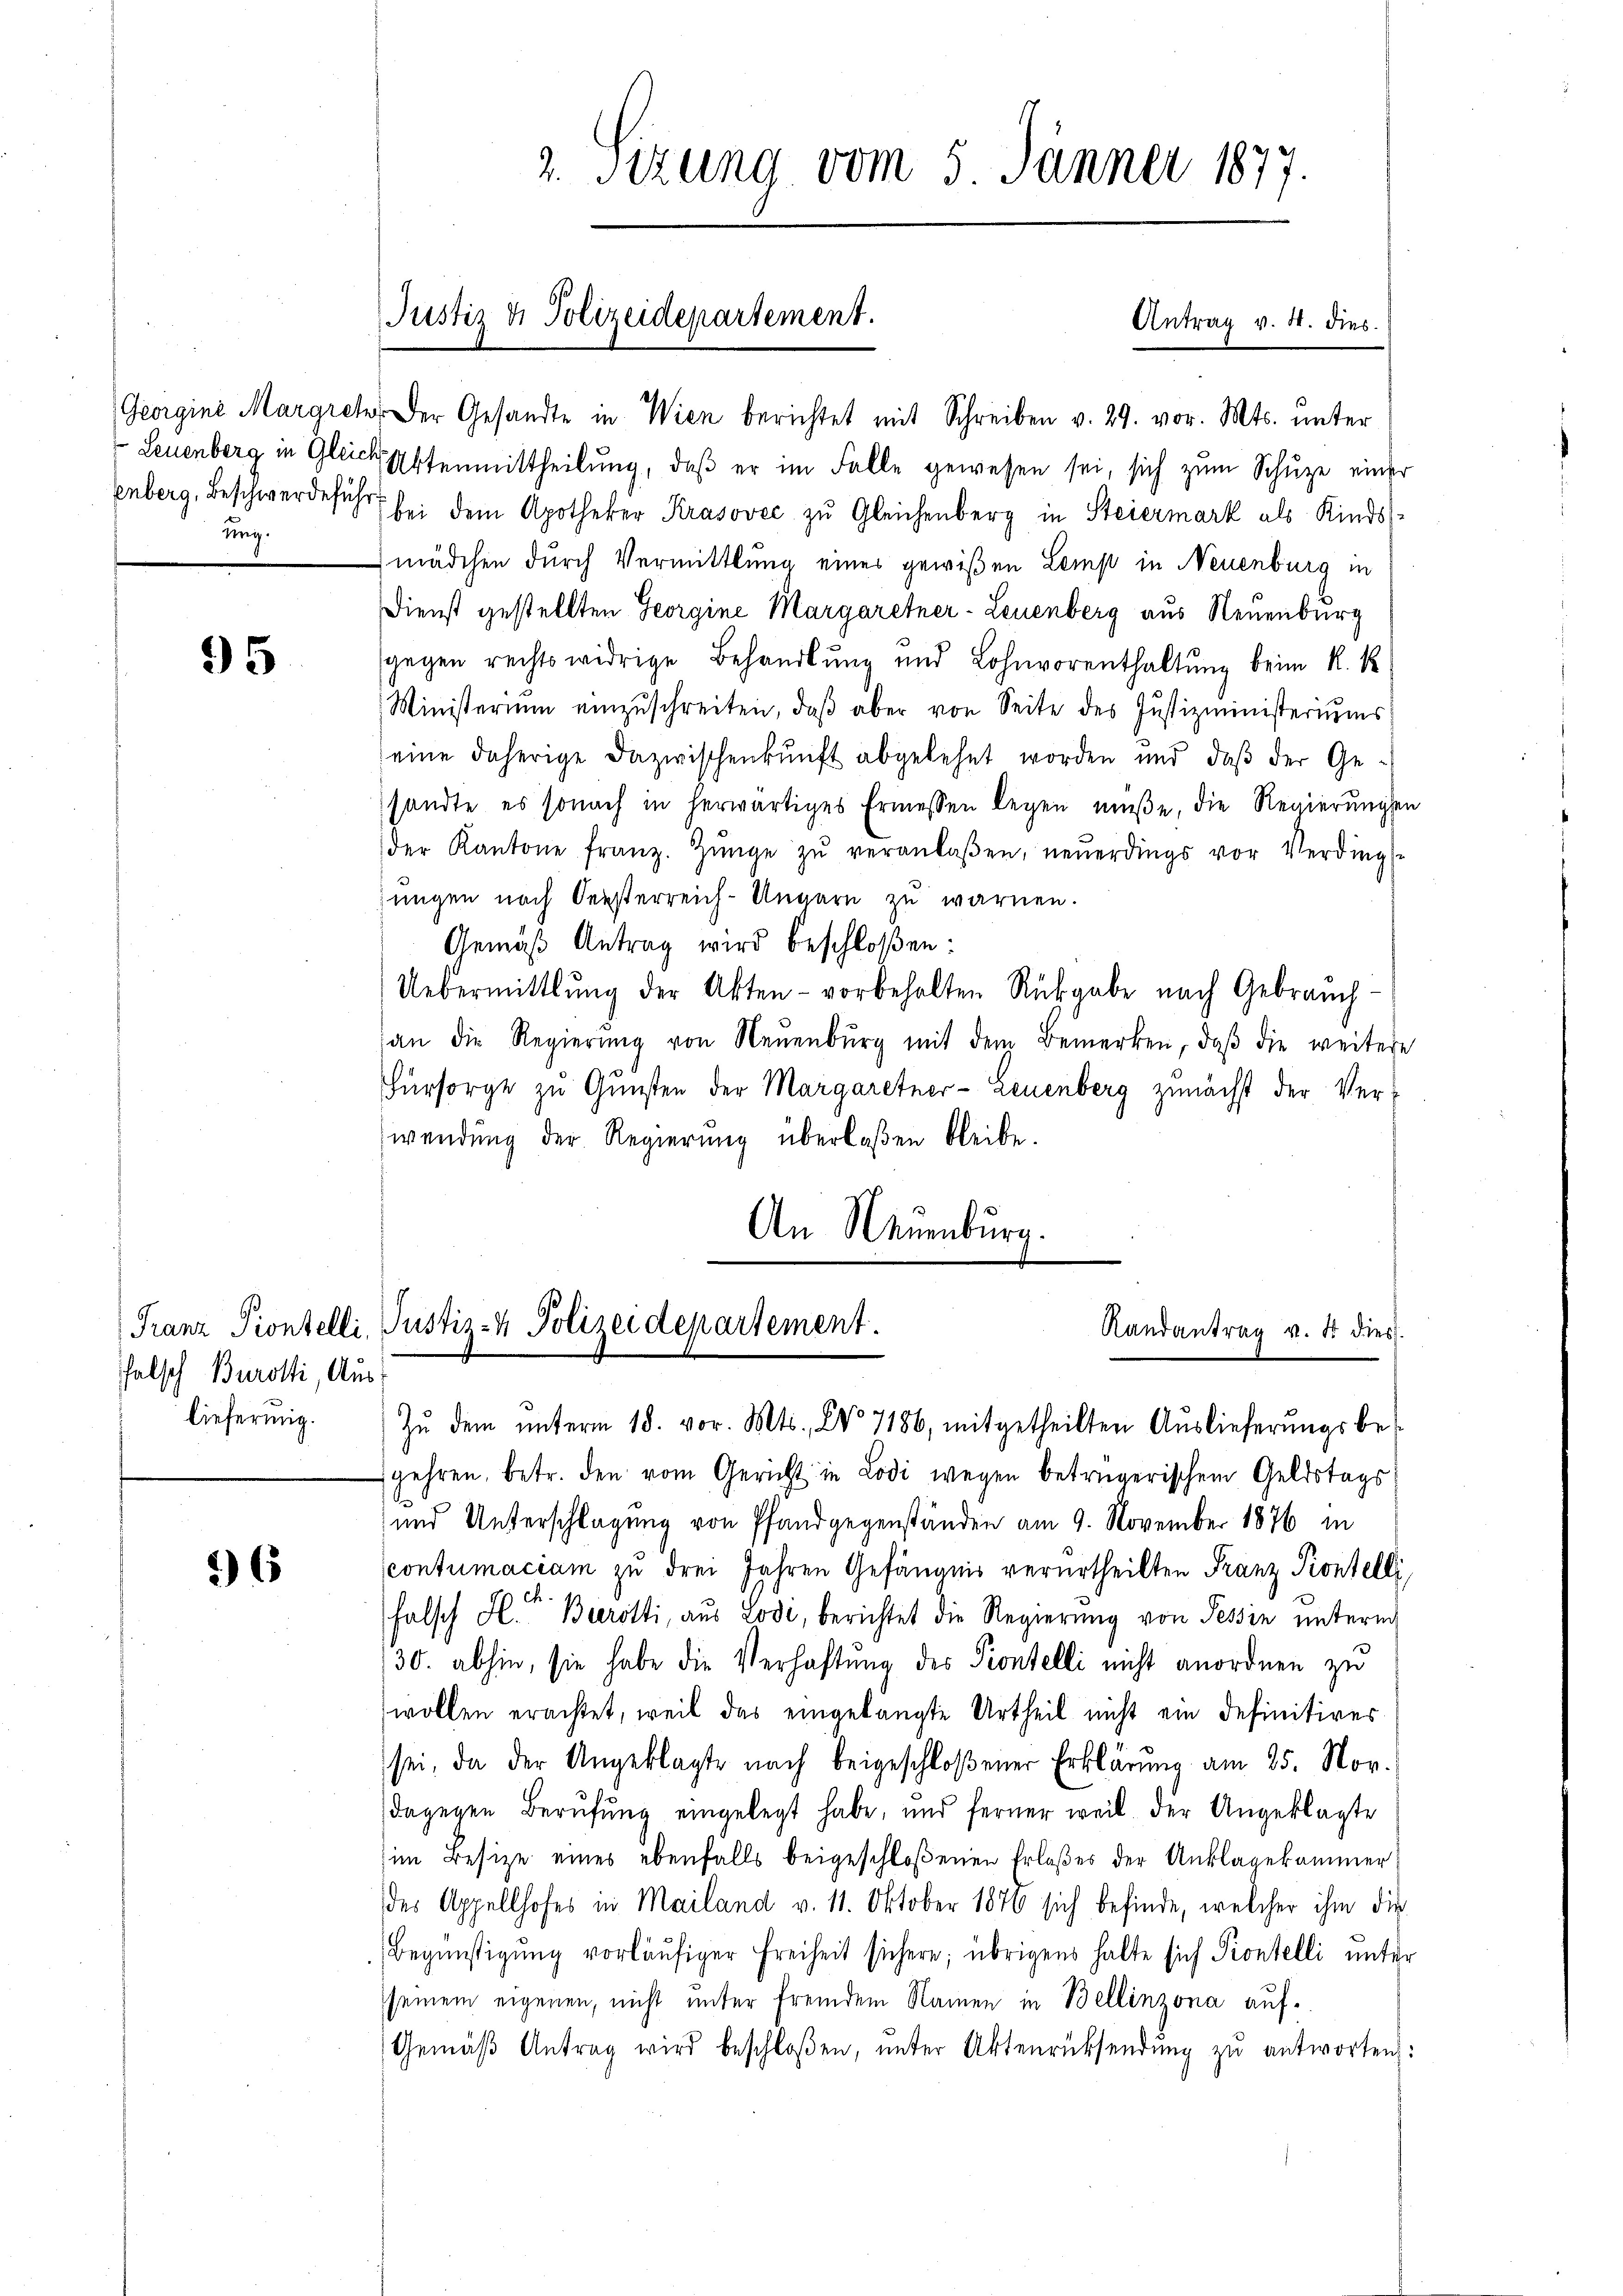
ung.

95

falsch Burotti, Auslieferung.

6

2. Sizung vom 5. Jänner 1877.

Justiz & Polizeidepartement.

Antrag v. M. dies

Georgini Margret der Gesandte in Wien berichtet mit Schreiben v. 29. vor. Mts. unter
Leuenberg in Gleich Ottenmittheilŭng, daβ er im Falle gewesen sei, sich zŭm Schüze einer
enberg, Beschwerdeführt bei dem Apotheker Krasovec zu Gleichenberg in Steiermark als Kindsmädchen durch Vermittlung eines gewißen Lemp in Neuenburg in
Dienst gestellten Georgine Margaretner-Leuenberg aus Neuenburg
sgegen rechtswidrige Behandlŭng und Lohnvorenthaltŭng beim K. R.
Ministerium einzŭschreiten, daβ aber von Seite des Justizministeriums
eine daherige Dazwischenkunft abgelehnt worden und daβ der Ge-
sandte es sonach in herwärtiges Ermessen legen müße, die Regierŭngen
der Kantone franz. Zünge zŭ veranlaβen, neŭerdings vor Verdings-
jungen nach Seesterreich-Ungarn zu warnen.
Gemäß Antrag wird beschloßen:
Uebermittlung der Akten - vorbehalten Rückgabe nach Gebrauch
an die Regierŭng von Neŭenbŭrg mit dem Bemerken, daβ die weitere
Fürsorge zu Gunsten der Margaretner-Leuenberg zunächst der Verwendung der Regierung überlaßen bleibe.
An Neuenburg.

Franz Piontelli, Justiz- & Polizeidepartement.
Randantrag v. dr dies
Zŭ dem ŭnterm 18. vor. Mts. No 7186, mitgetheilten Aŭslieferŭngsbe-

gehren, betr. den vom Gericht in Lodi wegen betrügerischem Geldstags
und Unterschlagung von Pfandgegenständen am 9. November 1876 in
scontumaciam zu drei Jahren Gefängnis verurtheilten Franz Pontelli,
falsch H. Barotti, aus Lodi, berichtet die Regierung von Tessin unterm
30. abhin, sie habe die Verhaftung des Prontelli nicht anordnen zu
wollen erachtet, weil das eingelangte Urtheil nicht ein definitives
sei, da der Angeklagte nach beigeschloßener Erklärung am 25. Nov.
dagegen Berufung eingelegt habe, und ferner weil der Angeklagte
im Besize eines ebenfalls beigeschloßenen Erlaßes der Anklagekammer
des Appellhofes in Mailand v. 11. Oktober 1876 sich befinde, welcher ihm die
Begünstigung vorläŭfiger Freiheit sichere; übrigens halte sich Piontelli unter
seinem eigenen, nicht unter fremdem Namen in Bellinzona auf¬
Gemäβ Antrag wird beschloßen, ŭnter Aktenrücksendung zu antworten: